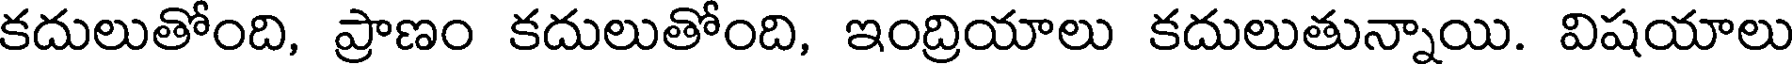
కదులుతోంది, ప్రాణం కదులుతోంది, ఇంద్రియాలు కదులుతున్నాయి. విషయాలు